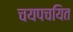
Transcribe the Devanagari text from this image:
चयपचयित